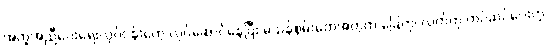
အကူအညီပေးရေးလုပ်ငန်းတွေ လုပ်ဆောင်နေပြီး မသန်စွမ်းတွေအတွက် ခြေတု၊ လက်တု တပ်ဆင်ပေးတဲ့